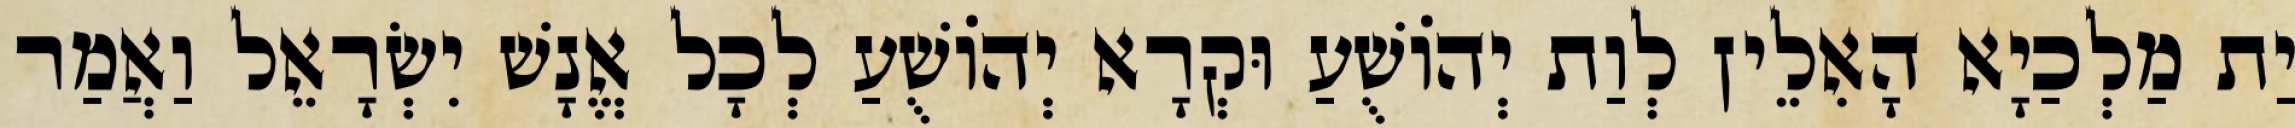
יַת מַלְכַיָא הָאִלֵין לְוַת יְהוֹשֻׁעַ וּקְרָא יְהוֹשֻׁעַ לְכָל אֱנָשׁ יִשְׂרָאֵל וַאֲמַר